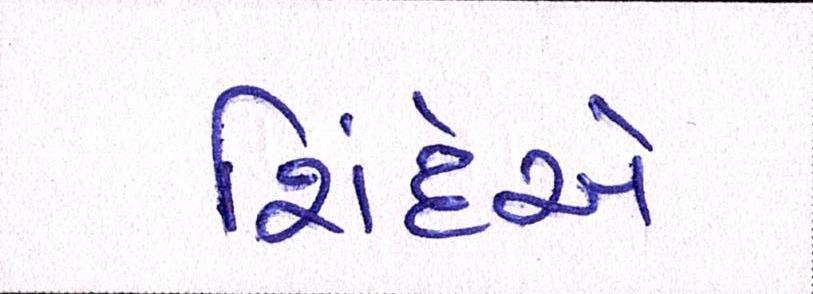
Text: શિંદેએ